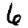
Digit: 6